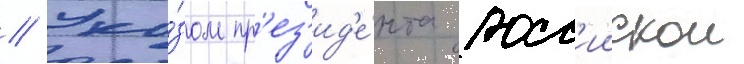
// Ука́зом пр'ез'ид'е́нта росс'иискои